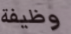
وظيفة